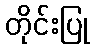
တိုင်းပြု